Indian journal of veterinary science and animal husbandry - Volume 5,
Year: 1935
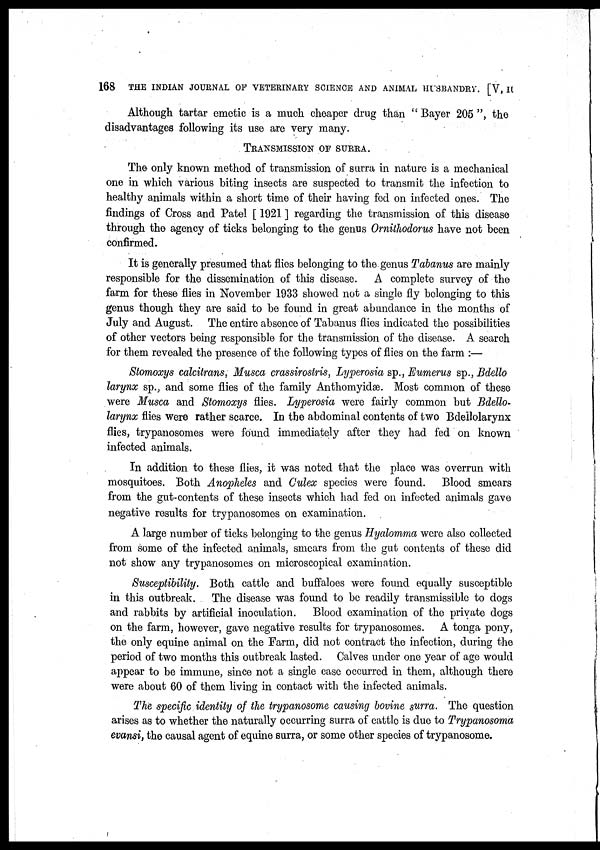
168
THE INDIAN JOURNAL OF VETERINARY SCIENCE AND ANIMAL HUSBANDRY. [V, II
Although tartar emetic is a much cheaper drug than " Bayer 205 ", the
disadvantages following its use are very many.
TRANSMISSION OF SURRA.
The only known method of transmission of surra in nature is a mechanical
one in which various biting insects are suspected to transmit the infection to
healthy animals within a short time of their having fed on infected ones. The
findings of Cross and Patel [ 1921 ] regarding the transmission of this disease
through the agency of ticks belonging to the genus Ornithodorus have not been
confirmed.
It is generally presumed that flies belonging to the genus Tabanus are mainly
responsible for the dissemination of this disease. A complete survey of the
farm for these flies in November 1933 showed not a single fly belonging to this
genus though they are said to be found in great abundance in the months of
July and August. The entire absence of Tabanus flies indicated the possibilities
of other vectors being responsible for the transmission of the disease. A search
for them revealed the presence of the following types of flies on the farm :—
Stomoxys calcitrans, Musca crassirostris, Lyperosia sp., Eumerus sp., Bdello
larynx sp., and some flies of the family Anthomyidæ. Most common of these
were Musca and Stomoxys flies. Lyperosia were fairly common but Bdello¬
larynx flies were rather scarce. In the abdominal contents of two Bdeilolarynx
flies, trypanosomes were found immediately after they had fed on known
infected animals.
In addition to these flies, it was noted that the place was overrun with
mosquitoes. Both Anopheles and Culex species were found.
Blood smears
from the gut-contents of these insects which had fed on infected animals gave
negative results for trypanosomes on examination.
A large number of ticks belonging to the genus Hyalomma were also collected
from some of the infected animals, smears from the gut contents of these did
not show any trypanosomes on microscopical examination.
Susceptibility. Both cattle and buffaloes were found equally susceptible
in this outbreak.
The disease was found to be readily transmissible to dogs
and rabbits by artificial inoculation.
Blood examination of the private dogs
on the farm, however, gave negative results for trypanosomes. A tonga pony,
the only equine animal on the Farm, did not contract the infection, during the
period of two months this outbreak lasted. Calves under one year of age would
appear to be immune, since not a single case occurred in them, although there
were about 60 of them living in contact with the infected animals.
The specific identity of the trypanosome causing bovine surra. The question
arises as to whether the naturally occurring surra of cattle is due to Trypanosoma
evansi, the causal agent of equine surra, or some other species of trypanosome.